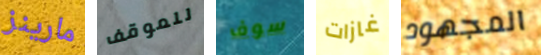
مارينز للموقف سوف غازات المجهود